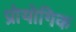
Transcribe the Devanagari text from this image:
प्रोयोगिक